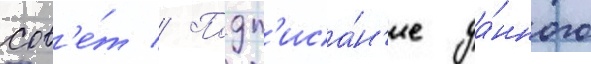
сов'е́т // Подп'иса́н'ие да́нного